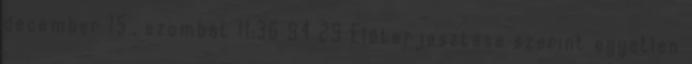
december 15., szombat 11:36 94 29 Előterjesztése szerint egyetlen